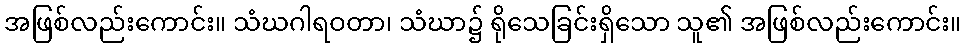
အဖြစ်လည်းကောင်း။ သံဃဂါရဝတာ၊ သံဃာ၌ ရိုသေခြင်းရှိသော သူ၏ အဖြစ်လည်းကောင်း။